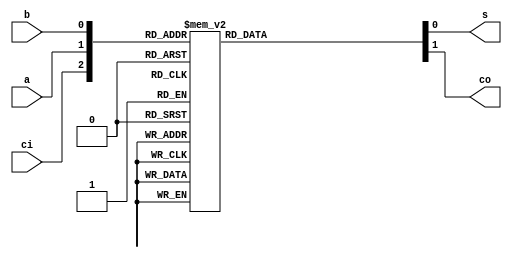
// 1-bit Full Adder (Description: behavior 2)

module P1_FA_behavior2(
    output  reg     s,   // sum
    output  reg     co,  // carry out
    input           a,   // input a
    input           b,   // input b
    input           ci   // carry in
);

    always @(*) begin
        case({ci, a, b})
            3'b000: {co, s} = 2'b00;
            3'b001: {co, s} = 2'b01;
            3'b010: {co, s} = 2'b10;
            3'b011: {co, s} = 2'b11;
            3'b100: {co, s} = 2'b00;
            3'b101: {co, s} = 2'b01;
            3'b110: {co, s} = 2'b10;
            3'b111: {co, s} = 2'b11;
        endcase
    end
    
endmodule